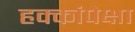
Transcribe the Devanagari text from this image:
हक्कांपेक्षा